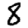
Digit: 8